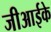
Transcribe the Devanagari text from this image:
जीआईके